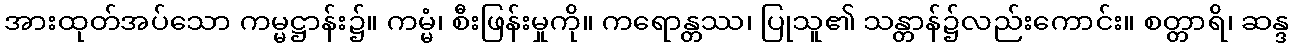
အားထုတ်အပ်သော ကမ္မဋ္ဌာန်း၌။ ကမ္မံ၊ စီးဖြန်းမှုကို။ ကရောန္တဿ၊ ပြုသူ၏ သန္တာန်၌လည်းကောင်း။ စတ္တာရိ၊ ဆန္ဒ